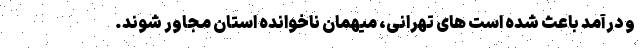
و درآمد باعث شده است های تهرانی، ‌میهمان ناخوانده استان مجاور شوند.